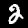
Label: 2